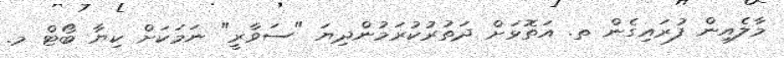
މާލެއިން ފުރައިގެން ތ. އަތޮޅަށް ދަތުރުކުރަމުންދިޔަ "ސަވާރީ" ނަމަކަށް ކިޔާ ބޯޓް މ.